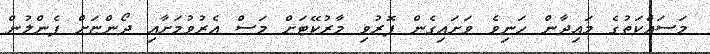
މަސައްކަތުގެ މައިދާން ހަނިވެ ވަށައިގެން ފޮރުވި މާރުކޭޓަށް މަސް އެރުވުމަށާއި ދޯންޏަށް ފެންލުން